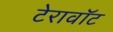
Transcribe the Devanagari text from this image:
टेरावॉट